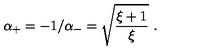
\alpha _ { + } = - 1 / \alpha _ { - } = \sqrt { \frac { \xi + 1 } { \xi } } \ .